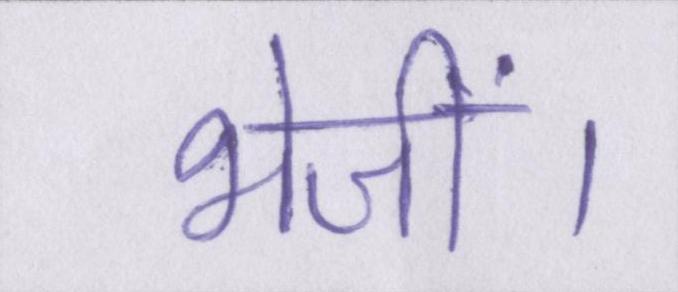
भेजीं।